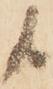
候